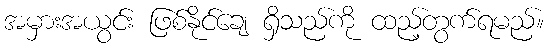
အမှားအယွင်း ဖြစ်နိုင်ချေ ရှိသည်ကို ထည့်တွက်ရမည်။